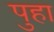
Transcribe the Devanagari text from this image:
पुहा